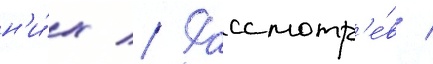
н'и́х // Рассмотр'е́в /